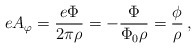
\begin{align*}eA_{\varphi} = {e\Phi \over 2\pi\rho} = -{\Phi \over \Phi_{0}\rho}= {\phi\over\rho}\,,\end{align*}